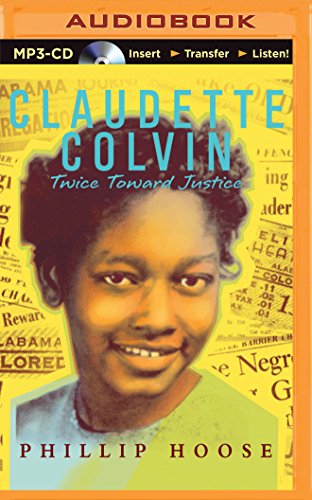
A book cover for Claudette Colvin: Twice Toward Justice; Phillip Hoose; Teen & Young Adult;